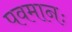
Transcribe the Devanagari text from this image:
पवमानः